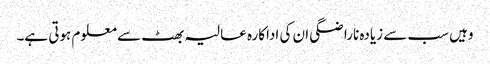
وہیں سب سے زیادہ ناراضگی ان کی اداکارہ عالیہ بھٹ سے معلوم ہوتی ہے۔